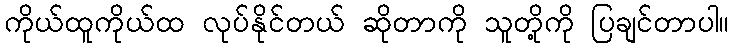
ကိုယ်ထူကိုယ်ထ လုပ်နိုင်တယ် ဆိုတာကို သူတို့ကို ပြချင်တာပါ။